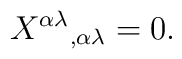
{X^{\alpha\lambda}{}_{,\alpha\lambda} = 0}.